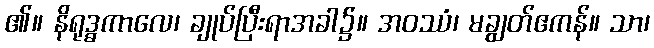
၏။ နိရုဒ္ဓကာလေ၊ ချုပ်ပြီးရာအခါ၌။ အဝဿံ၊ မချွတ်ဧကန်။ သာ၊